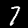
Digit: 7